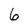
Character: 6